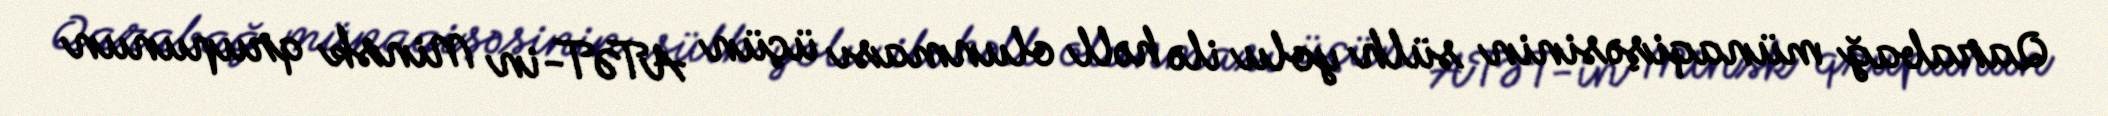
Qarabağ münaqişəsinin sülh yolu ilə həll olunması üçün ATƏT-in Minsk qrupunun